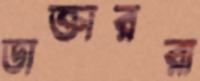
ডাক্তাররা